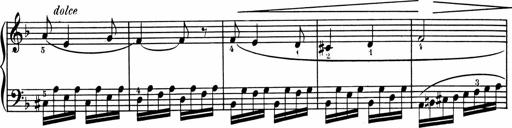
Title: 1Ã¨re Sonatine
Composer: FrÃ©dÃ©ric Binet